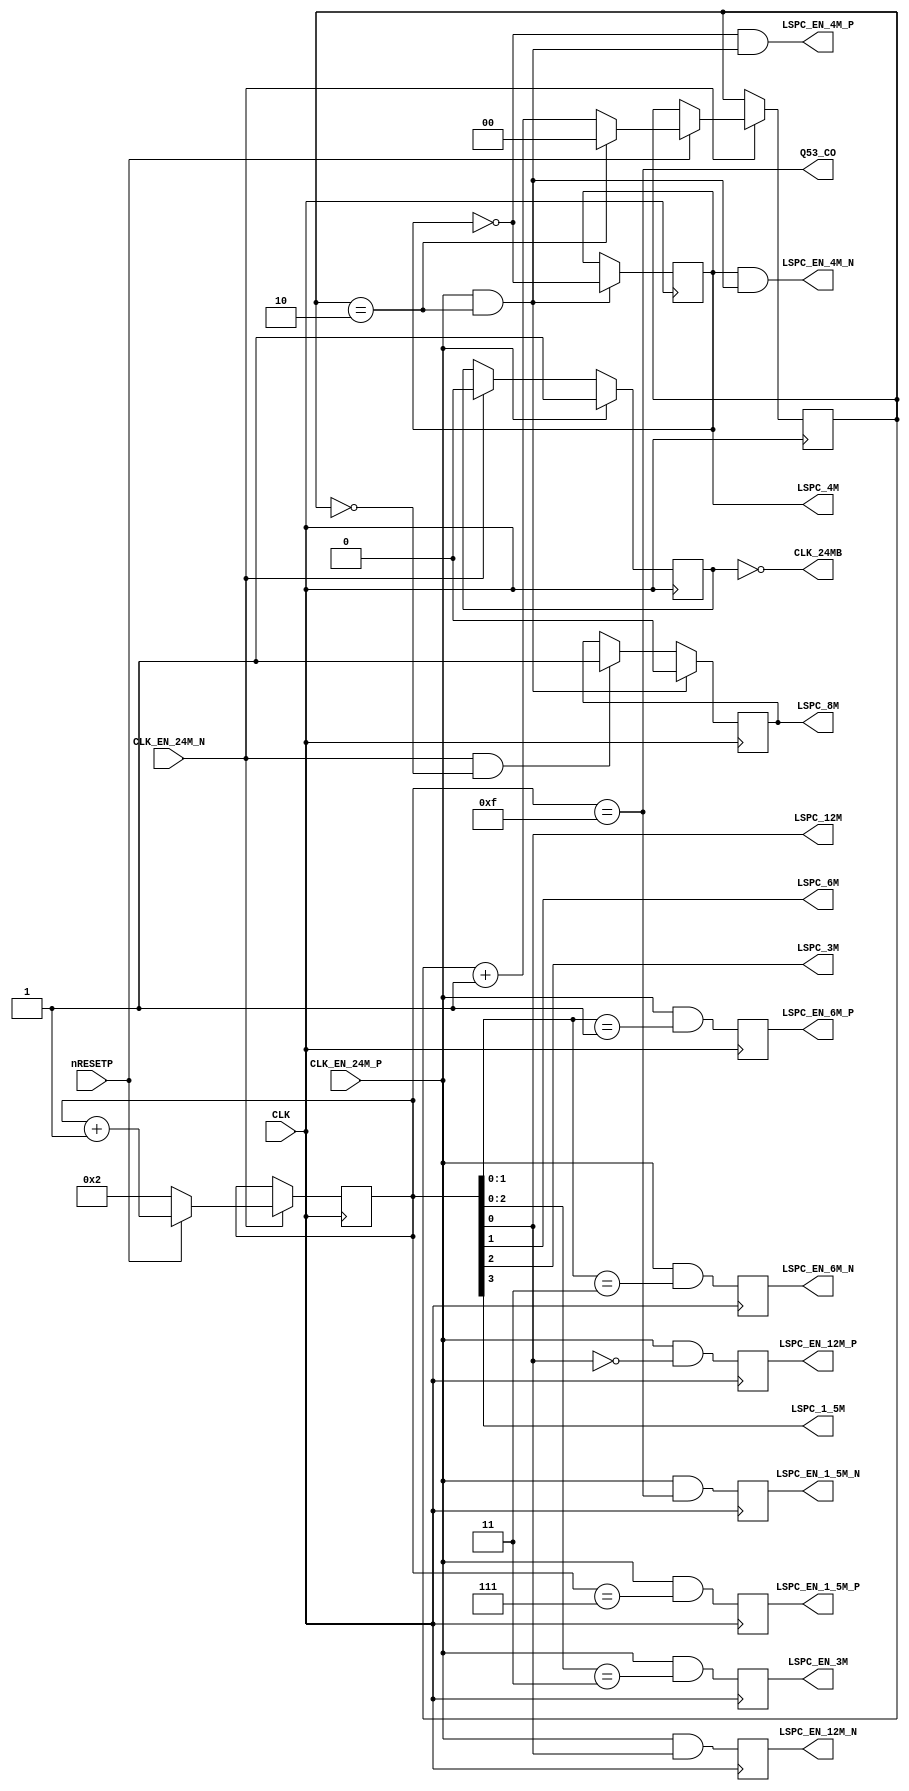
//============================================================================
//  SNK NeoGeo for MiSTer
//
//  Copyright (C) 2018 Sean 'Furrtek' Gonsalves
//  Rewrite to fully synchronous logic by (C) 2023 Gyorgy Szombathelyi
//
//  This program is free software; you can redistribute it and/or modify it
//  under the terms of the GNU General Public License as published by the Free
//  Software Foundation; either version 2 of the License, or (at your option)
//  any later version.
//
//  This program is distributed in the hope that it will be useful, but WITHOUT
//  ANY WARRANTY; without even the implied warranty of MERCHANTABILITY or
//  FITNESS FOR A PARTICULAR PURPOSE.  See the GNU General Public License for
//  more details.
//
//  You should have received a copy of the GNU General Public License along
//  with this program; if not, write to the Free Software Foundation, Inc.,
//  51 Franklin Street, Fifth Floor, Boston, MA 02110-1301 USA.
//============================================================================

module lspc2_clk_sync(
	input CLK,
	input CLK_EN_24M_P,
	input CLK_EN_24M_N,
	input nRESETP,

	output CLK_24MB,
	output LSPC_12M,
	output reg LSPC_8M,
	output LSPC_6M,
	output reg LSPC_4M,
	output LSPC_3M,
	output LSPC_1_5M,
	output Q53_CO,

	output reg LSPC_EN_12M_P,
	output reg LSPC_EN_12M_N,
	output reg LSPC_EN_6M_P,
	output reg LSPC_EN_6M_N,
	output reg LSPC_EN_3M,
	output reg LSPC_EN_1_5M_P,
	output reg LSPC_EN_1_5M_N, // Q53_CO
	output LSPC_EN_4M_P,
	output LSPC_EN_4M_N
);
reg       CLK_24M;
/* verilator lint_off UNOPTFLAT */
reg [3:0] DIV_CNT;
/* verilator lint_on UNOPTFLAT */
reg [1:0] DIV_CNT3;

always @(posedge CLK) begin
	if (CLK_EN_24M_N) begin
		CLK_24M <= 0;
		if (!nRESETP) begin
			DIV_CNT <= 4'b0010;
		end else begin
			DIV_CNT <= DIV_CNT + 1'd1;
			DIV_CNT3 <= DIV_CNT3 + 1'd1;
			if (DIV_CNT3 == 2) DIV_CNT3 <= 0;
		end
	end
	if (CLK_EN_24M_P)
		CLK_24M <= 1;

	LSPC_EN_12M_P <= CLK_EN_24M_P && ~DIV_CNT[0];
	LSPC_EN_12M_N <= CLK_EN_24M_P &&  DIV_CNT[0];
	LSPC_EN_6M_P <= CLK_EN_24M_P && (DIV_CNT[1:0] == 1);
	LSPC_EN_6M_N <= CLK_EN_24M_P && (DIV_CNT[1:0] == 3);
	LSPC_EN_3M <= CLK_EN_24M_P && (DIV_CNT[2:0] == 3);
	LSPC_EN_1_5M_P <= CLK_EN_24M_P && (DIV_CNT == 7);
	LSPC_EN_1_5M_N <= CLK_EN_24M_P && (DIV_CNT == 15);

end
assign Q53_CO = (DIV_CNT == 15); // Q53_CO

wire      CLK8_FALL = CLK_EN_24M_P & DIV_CNT3 == 2;
wire      CLK8_RISE = CLK_EN_24M_N & DIV_CNT3 == 0;
always @(posedge CLK) if (CLK8_FALL) LSPC_8M <= 0; else if (CLK8_RISE) LSPC_8M <= 1;

always @(posedge CLK) if (CLK8_FALL) LSPC_4M <= ~LSPC_4M;
assign    LSPC_EN_4M_P = ~LSPC_4M & CLK8_FALL;
assign    LSPC_EN_4M_N =  LSPC_4M & CLK8_FALL;

assign CLK_24MB = ~CLK_24M;
assign LSPC_1_5M = DIV_CNT[3];
assign LSPC_3M = DIV_CNT[2];
assign LSPC_6M = DIV_CNT[1];
assign LSPC_12M = DIV_CNT[0];

endmodule